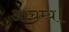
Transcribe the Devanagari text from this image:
आचम्य।